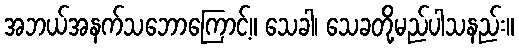
အဘယ်အနက်သဘောကြောင့်။ သေခါ၊ သေခတို့မည်ပါသနည်း။